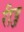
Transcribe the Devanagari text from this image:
रीव्ज